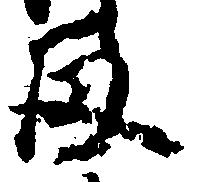
留